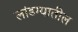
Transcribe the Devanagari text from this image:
लांडग्यातील